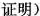
证明)